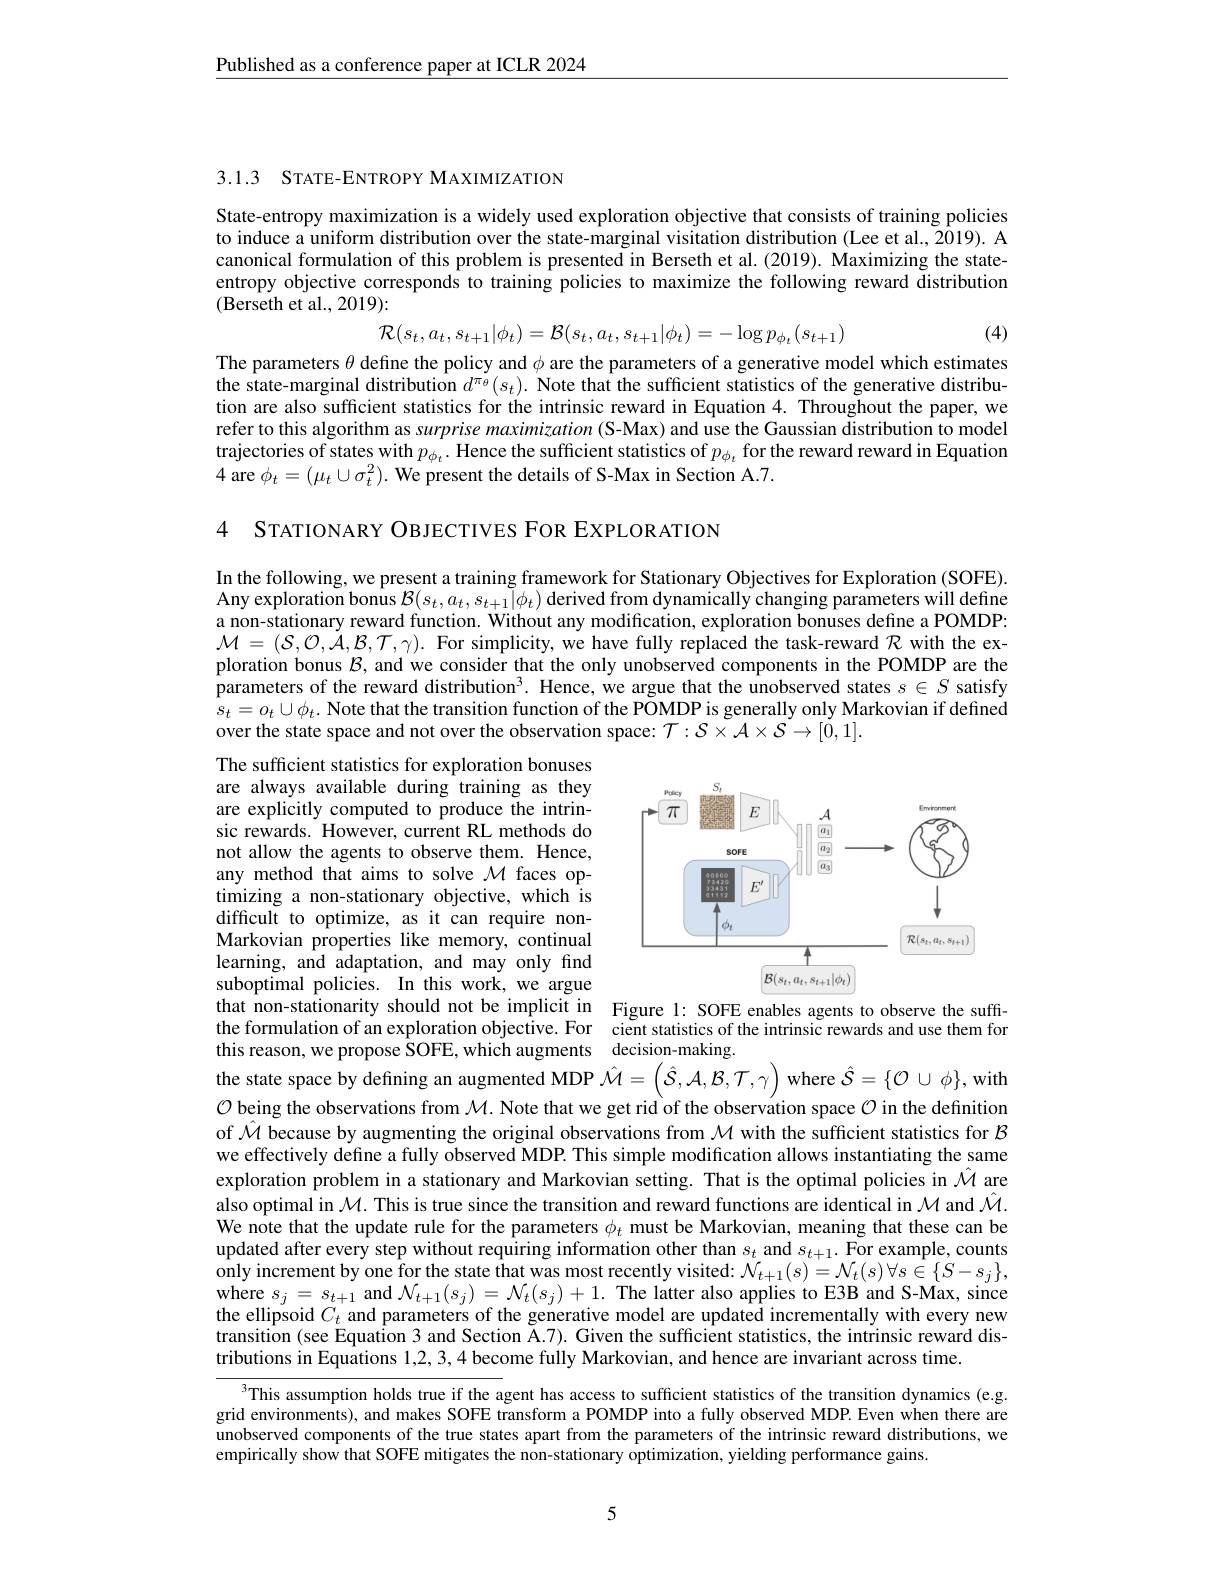
Published as a conference paper at ICLR 2024

3.1.3 STATE-ENTROPY MAXIMIZATION

State-entropy maximization is a widely used exploration objective that consists of training policies to induce a uniform distribution over the state-marginal visitation distribution (Lee et al., 2019). A canonical formulation of this problem is presented in Berseth et al.(2019). Maximizing the stateentropy objective corresponds to training policies to maximize the following reward distribution $(\tilde{\text{Berseth et al., 2019}}):$
$$\mathcal{R}(s_{t},a_{t},s_{t+1}|\phi_{t})=\mathcal{B}(s_{t},a_{t},s_{t+1}|\phi_{t})=-\log p_{\phi_{t}}(s_{t+1})$$
(4)

The parameters $\theta$ define the policy and $\phi$ are the parameters of a generative model which estimates the state-marginal distribution $d^{\pi_\theta}(s_t).$ Note that the sufficient statistics of the generative distribution are also sufficient statistics for the intrinsic reward in Equation 4. Throughout the paper, we refer to this algorithm as surprise maximization (S-Max) and use the Gaussian distribution to model trajectories of states with $p_\phi_t.$ Hence the sufficient statistics of $p_\phi_t$ for the reward reward in Equation 4 are $\phi _t= ( \mu _t\cup \sigma _t^2) . \textbf{ We present the details of S- Max in Section A. 7. }$

4 STATIONARY OBJECTIVES FOR EXPLORATION

In the following, we present a training framework for Stationary Objectives for Exploration (SOFE). Any exploration bonus $\mathcal{B}(s_t,a_t,s_{t+1}|\phi_t)$ derived from dynamically changing parameters will define a non-stationary reward function. Without any modification, exploration bonuses define a POMDP: $\mathcal{M}=(\mathcal{S},\mathcal{O},\mathcal{A},\mathcal{B},\mathcal{T},\gamma).$ For simplicity, we have fully replaced the task-reward $\mathcal{R}$ with the exploration bonus $\mathcal{B}$, and we consider that the only unobserved components in the POMDP are the parameters of the reward distribution$^3.$ Hence, we argue that the unobserved states $s\in S$ satisfy $s_t=o_t\cup\phi_t.$ Note that the transition function of the POMDP is generally only Markovian if defined over the state space and not over the observation space: $\mathcal{T}:\mathcal{S}\times\mathcal{A}\times\mathcal{S}\to[0,1].$

<FigureHere>

The sufficient statistics for exploration bonuses are always available during training as they are explicitly computed to produce the intrinsic rewards. However, current RL methods do not allow the agents to observe them. Hence, any method that aims to solve $\mathcal{M}$ faces optimizing a non-stationary objective, which is difficult to optimize, as it can require nonMarkovian properties like memory, continual learning, and adaptation, and may only find suboptimal policies. In this work, we argue that non-stationarity should not be implicit in Figure 1: SOFE enables agents to observe the suffithe formulation of an exploration objective. For cient statistics of the intrinsic rewards and use them for this reason, we propose SOFE, which augments decision-making

the state space by defining an augmented MDP $\hat{\mathcal{M}}=\left(\hat{\mathcal{S}},\mathcal{A},\mathcal{B},\mathcal{T},\gamma\right)$ where $\hat{\mathcal{S}}=\{\mathcal{O}\cup\phi\}$, with $\mathcal{O}$ being the observations from $\mathcal{M}.$ Note that we get rid of the observation space $\mathcal{O}$ in the definition of $\hat{\mathcal{M}}$ because by augmenting the original observations from $\mathcal{M}$ with the sufficient statistics for $\mathcal{B}$ we effectively define a fully observed MDP. This simple modification allows instantiating the same exploration problem in a stationary and Markovian setting. That is the optimal policies in $\hat{\mathcal{M}}$ are $\hat{\text{also optimal in }\mathcal{M}}.$ This is true since the transition and reward functions are identical in $\mathcal{M}$ and $\hat{\mathcal{M}}.$ We note that the update rule for the parameters $\phi_t$ must be Markovian, meaning that these can be updated after every step without requiring information other than $s_t$ and $s_{t+1}.$ For example, counts only increment by one for the state that was most recently visited: $\mathcal{N}_t+1(s)=\mathcal{N}_t(s)\forall s\in\{S-s_j\}$, where $s_{j}=s_{t+1}$ and $\mathcal{N}_{t+1}(s_{j})=\mathcal{N}_{t}(s_{j})+1.$ The latter also applies to E3B and S-Max, since the ellipsoid $C_t$ and parameters of the generative model are updated incrementally with every new $\hat{\text{transition(see Equation 3 and Section ŠA.7). Given the sufficient statistics, the intrinsic reward dis-}}$ tributions in Equations 1,2,3,4 become fully Markovian, and hence are invariant across time.

$\frac{\sqrt[3]{\text{This assumption holds true if the agent has access to sufficient statistics of the transition dynamics (e.g.}]}^3\text{This assumption holds true if the agent has access to sufficient statistics of the transition onamics (e.g.}\\\text{domirrammate) and mol$ grid environments), and makes SOFE transform a POMDP into a fully observed MDP. Even when there are unobserved components of the true states apart from the parameters of the intrinsic reward distributions, we empirically show that SOFE mitigates the non-stationary optimization, yielding performance gains.

5